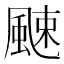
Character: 𩗣